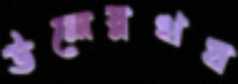
উলেস্নখয